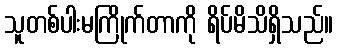
သူတစ်ပါးမကြိုက်တာကို ရိပ်မိသိရှိသည်။